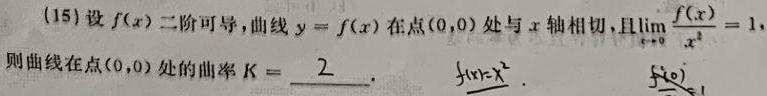
(15) 设 \( f(x) \) 二阶可导，曲线 \( y = f(x) \) 在点 \( (0,0) \) 处与 \( x \) 轴相切，且 \( \lim_{x \to 0} \frac{f(x)}{x^{2}} = 1 \)，则曲线在点 \( (0,0) \) 处的曲率 \( K = \underline{2} \)。